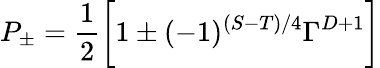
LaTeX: P_{\pm}=\frac{1}{2}\biggl[1\pm(-1)^{(S-T)/4}\Gamma^{D+1}\biggr]